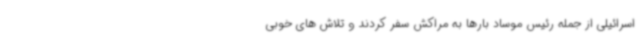
اسرائیلی از جمله رئیس موساد بارها به مراکش سفر کردند و تلاش های خوبی